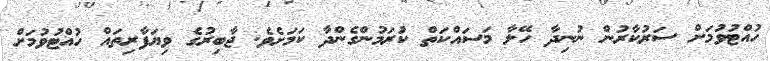
ހުއްޓުވުމަށް ސަރުކާރުން ނުނިދާ ހޭލާ މަސައްކަތް ކުަރަމުންގެންދާ ކަމަށެވެ. ޖާބިރުގެ ވިޔަފާރިތައް ހުއްޓުވުމަށް